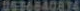
0636840834